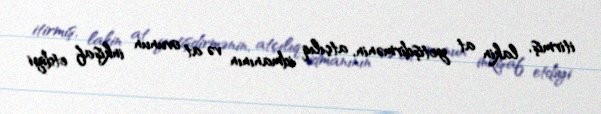
itirmiş, lakin at yetişdirmənin, atçılıq idmanının və at ovunun inkişaf etdiyi